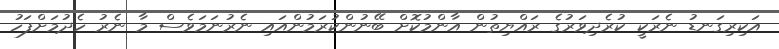
އަކިރިގަނޑު ނެރަކީ ކުރެދިވަރުގެ ރައްޔިތުން އާންމުކޮށް ބޭނުންކުރަމުންއައި ނެރުނަމަވެސް މާ ނެރު ހެދުމަށްފަހު